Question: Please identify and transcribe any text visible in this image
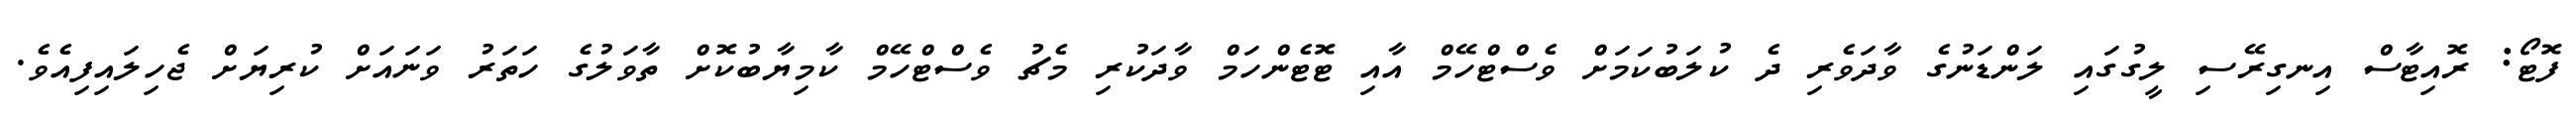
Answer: ފޮޓޯ: ރޮއިޓާސް އިނގިރޭސި ލީގުގައި ލަންޑަނުގެ ވާދަވެރި ދެ ކުލަބުކަމަށް ވެސްޓްހޭމް އާއި ޓޮޓެންހަމް ވާދަކުރި މެޗު ވެސްޓްހޭމް ކާމިޔާބުކޮށް ތާވަލުގެ ހަތަރު ވަނައަށް ކުރިޔަށް ޖެހިލައިފިއެވެ.